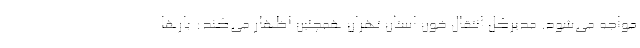
مواجه می‌شود. مدیرکل انتقال خون استان تهران همچنین اظهار می‌کند: بارها